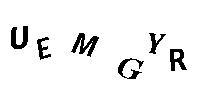
UEMGYR